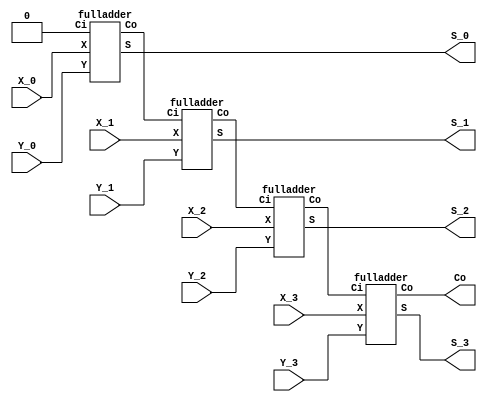
module rippe_adder(X_0, Y_0, X_1, Y_1, X_2, Y_2, X_3, Y_3, S_0, S_1, S_2, S_3, Co);
 input X_0, Y_0, X_1, Y_1, X_2, Y_2, X_3, Y_3;
 output S_0, S_1, S_2, S_3;
 output Co;
 wire w1, w2, w3;
 // instantiating 4 1-bit full adders in Verilog
 fulladder u1(X_0, Y_0, 1'b0, S_0, w1);
 fulladder u2(X_1, Y_1, w1, S_1, w2);
 fulladder u3(X_2, Y_2, w2, S_2, w3);
 fulladder u4(X_3, Y_3, w3, S_3, Co);
endmodule

module fulladder(X, Y, Ci, S, Co);
  input X, Y, Ci;
  output S, Co;
  wire w1,w2,w3;
  //Structural code for one bit full adder
  xor (w1, X, Y);
  xor (S, w1, Ci);
  and (w2, w1, Ci);
  and (w3, X, Y);
  or (Co, w2, w3);
endmodule